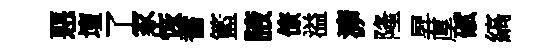
惡壇了冢恢耆籃腋僚溢㴑隆昇厚碔縞